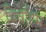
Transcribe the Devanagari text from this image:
धिवेहिस